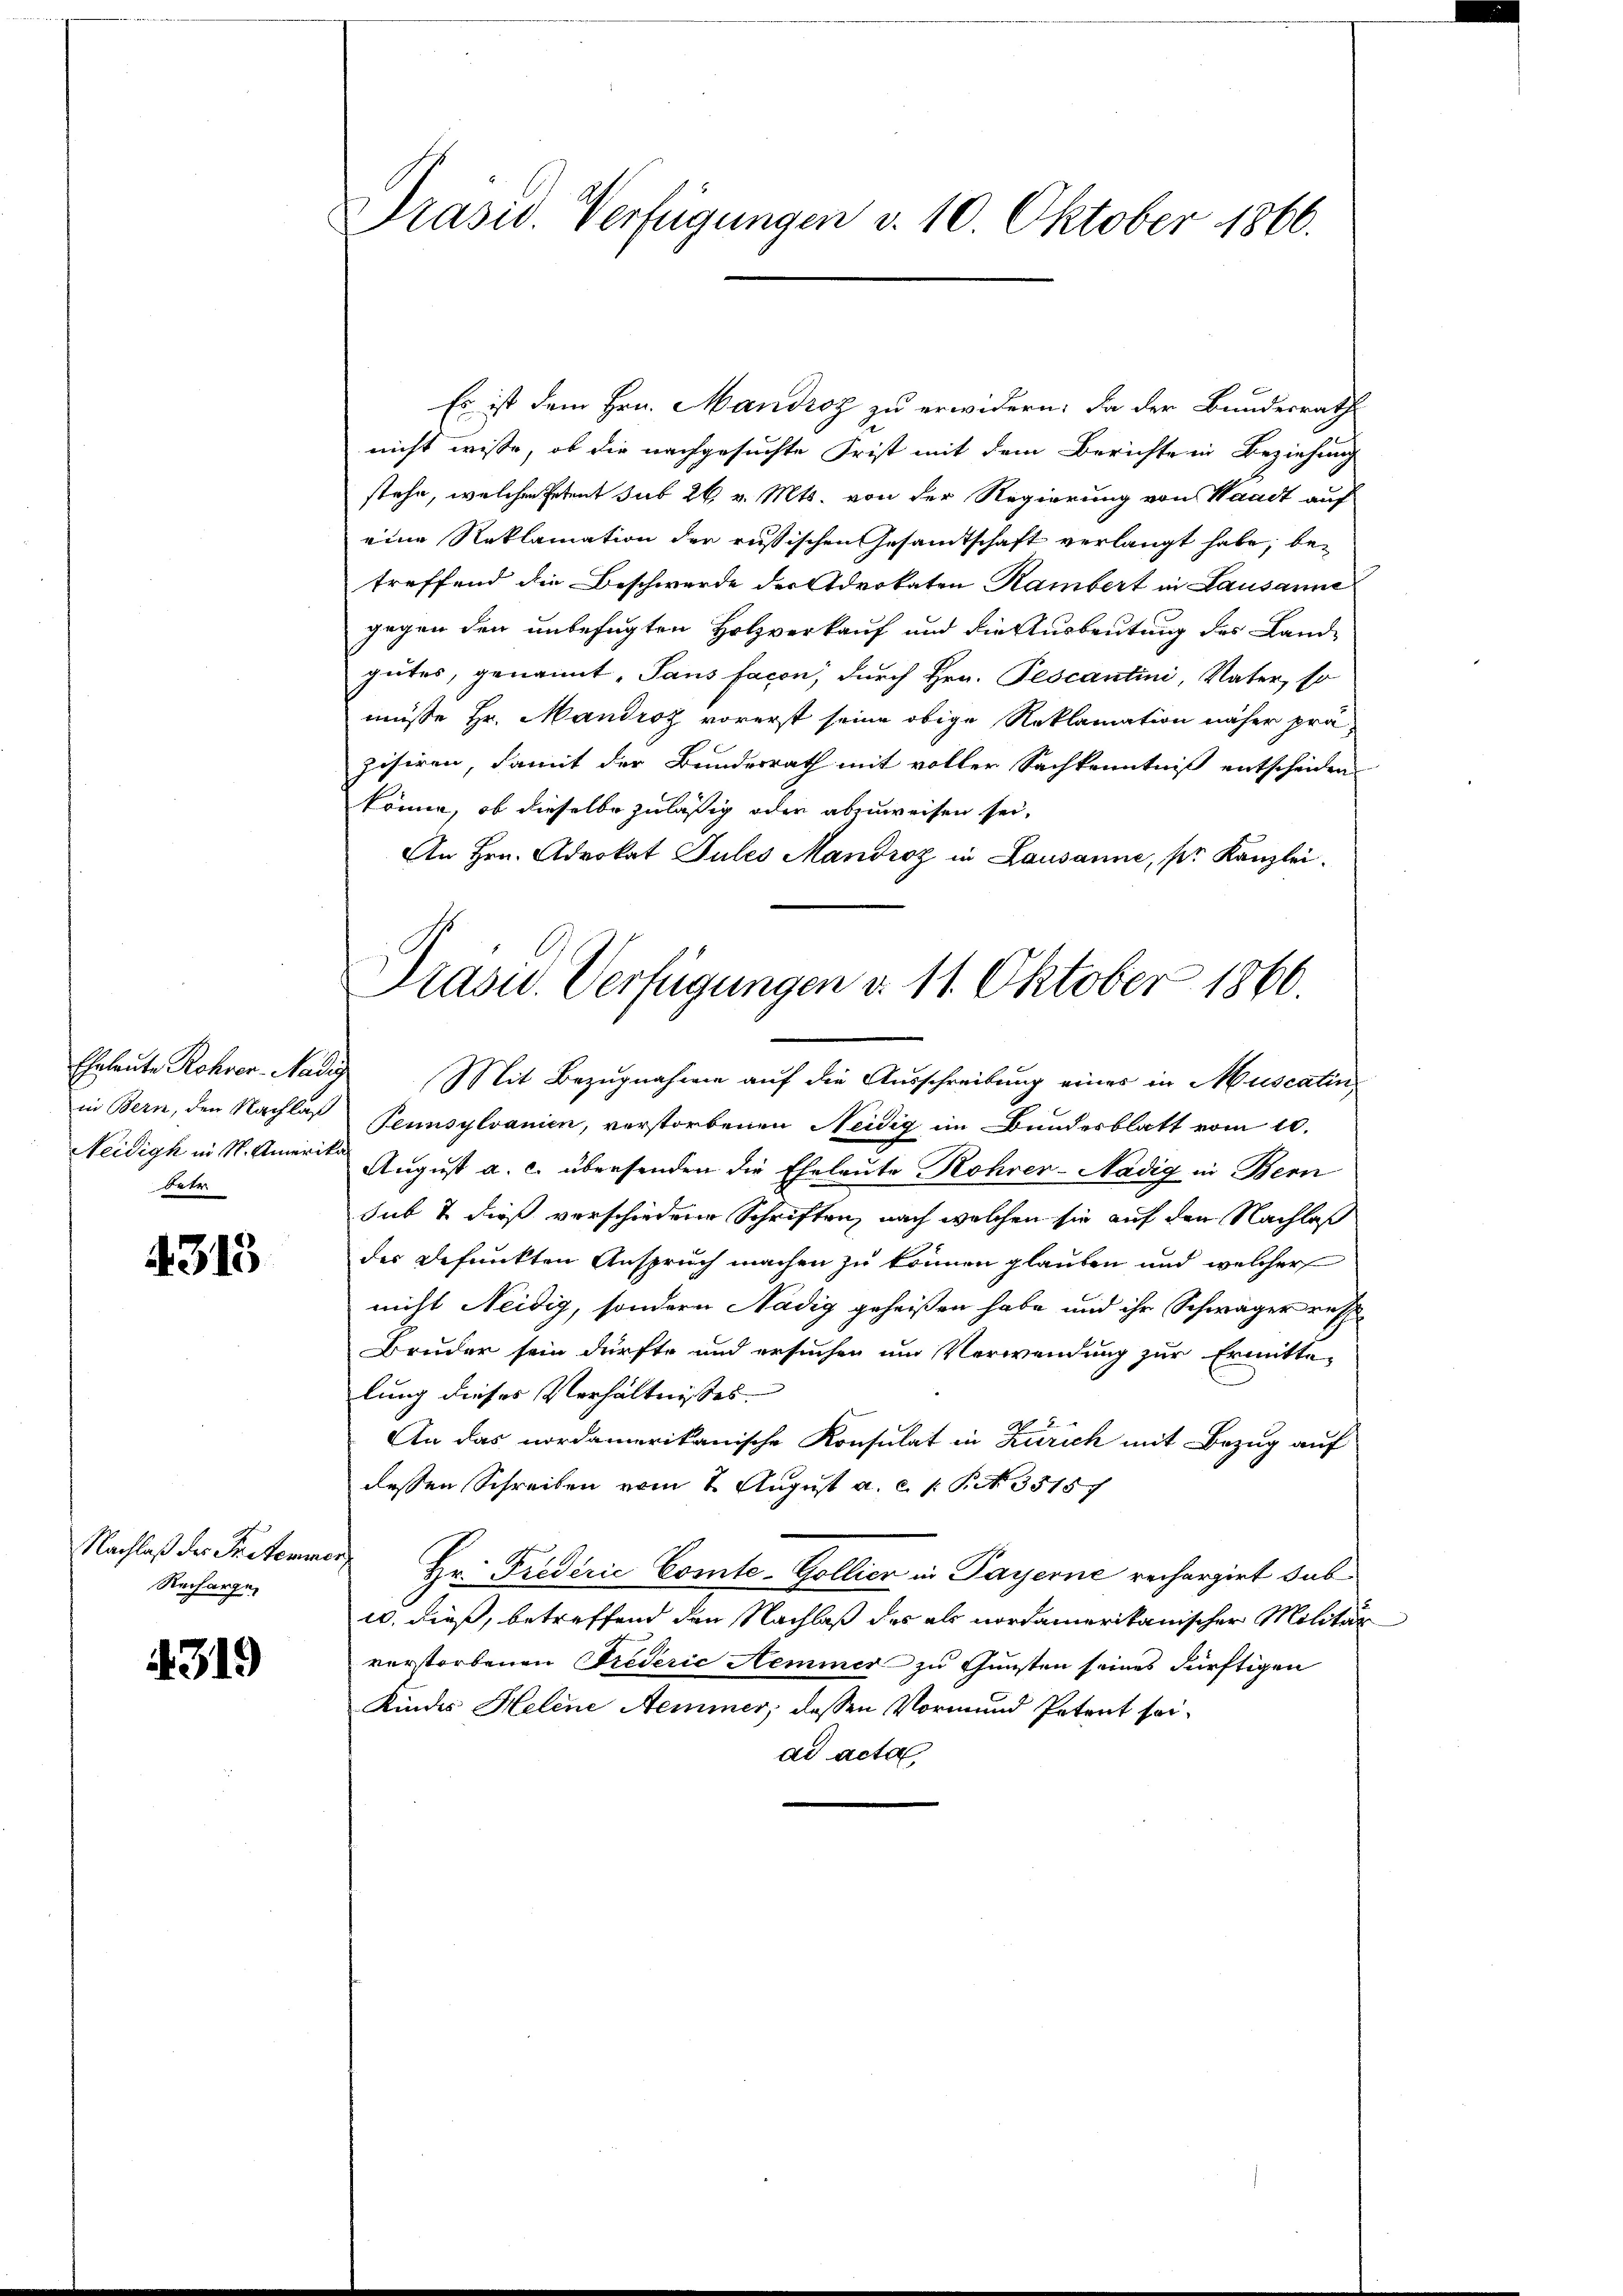
betr

4313

Nachlaß der Priteminer
Recharge

4319

Präsid. Verfügungen v. 10. Oktober 1860.

Es ist dem Hrn. Mandroz zu erwidern. Da der Bundesrath
nicht wisse, ob die nachgesuchte Frist mit dem Berichte in Beziehung
stehe, welche Petent sub 26. v. Mts. von der Regierung von Waadt auf
eine Reklamation der russischen Gesamtschaft verlangt habe, betreffend die Beschwerde der Advokaten Rambert in Lausanne
gegen den unbefugten Holzverkauf und die Ausbeutung des Landgutes, genannt, Saus facon, durch Hrn. Pescantini, Vater, so
müsse Hr. Mandroz vorerst seine obige Reklamation näher prä-
zisiren, damit der Bundesrath mit voller Sachkenntniß entscheiden
könne, ob dieselbe zuläßig oder abzuweisen sei,
An Hrn. Advokat Sules Mandroz in Lausanne, pr Kanzlei.
in Bern, den Nachlaß Pennsylvanien, verstorbenen Neidig im Bundesblatt vom 10.
Neidigk in St. Amerit August a. c. übersenden die Eheleute Rohrer-Nädig in Bern
sub & dieß verschiedene Schriften, nach welchen sie auf den Nachlaß
des gefunkten Anspruch machen zu können glauben und welcher
nicht Neidig, sondern Nädig geheißen habe und ihr Schwäger russ
Bruder sein dürfte und ersuchen und Verwendung zur Ermitte-
lung dieses Verhältnisses
An das nordamerikanische Konsulat in Zürich mit Bezug auf
dessen Schreiben vom 2. August a. c. 1 S. 35187
Hr. Frederie Comte-Gollier in Payerne rechargirt dab
u. dieß, betreffend den Nachlaß des als nordamerikanischer Militär
verstorbenen Trederić Nemmer zu Gunsten seines dürftigen
Kindes Helene Aeminer, dessen Vormund Petent seiad acta

Präsid. Verfügungen d. 11. Oktober 1860.
Eheleute Rohrer-Nadig Mit Bezugnahme auf die Ausschreibung einer in Muscatin